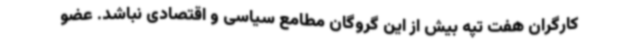
کارگران هفت تپه بیش از این گروگان مطامع سیاسی و اقتصادی نباشد. عضو